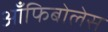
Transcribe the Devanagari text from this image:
आँफिबोलेस